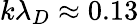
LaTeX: k\lambda_{D}\approx 0.13